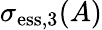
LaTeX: \sigma_{\mathrm{ess},3}(A)